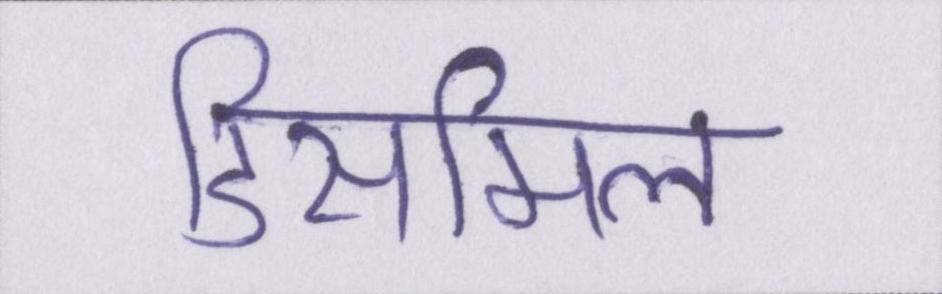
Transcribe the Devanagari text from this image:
डिसमिल